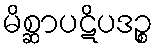
မိစ္ဆာပဋိပဒဉ္စ